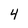
Character: 4